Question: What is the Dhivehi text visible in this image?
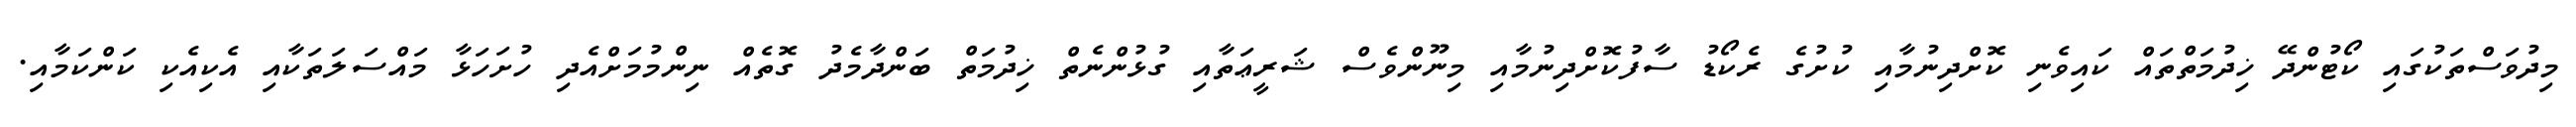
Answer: މިދުވަސްތަކުގައި ކޯޓުންދޭ ޚިދުމަތްތައް ކައިވެނި ކޮށްދިނުމާއި ކުށުގެ ރެކޯޑު ސާފުކޮށްދިނުމާއި މިނޫންވެސް ޝަރީޢަތާއި ގުޅުންނެތް ޚިދުމަތް ބަންދާމެދު ގޮތެއް ނިންމުމަށްއެދި ހުށަހަޅާ މައްސަލަތަކާއި އެކިއެކި ކަންކަމާއި.